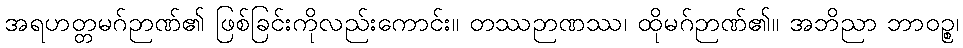
အရဟတ္တမဂ်ဉာဏ်၏ ဖြစ်ခြင်းကိုလည်းကောင်း။ တဿဉာဏဿ၊ ထိုမဂ်ဉာဏ်၏။ အဘိညာ ဘာဝဉ္စ၊